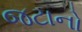
જટાનો